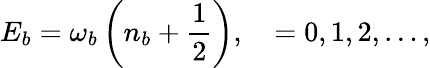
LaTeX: E_{b}=\omega_{b}\left(n_{b}+\frac{1}{2}\right),\quad=0,1,2,\ldots,